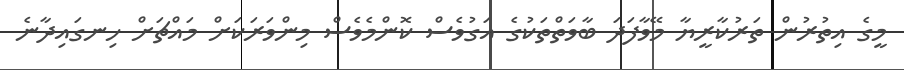
މީގެ އިތުރުން ތަރުކާރީޔާ މޭވާފަދަ ބާވަތްތަކުގެ އަގުވެސް ކޮންމެވެސް މިންވަރަކަށް މައްޗަށް ހިނގައިދާނެ